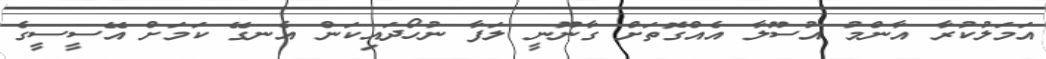
އަމަލުކުރާ އާންމު އުސޫލާ އެއްގޮތަށް ގާނޫނީ ލަފާ ނުހޯދައިކަން އެނގޭ ކަމަށް އޭސީސީގެ